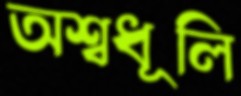
অশ্বধূলি